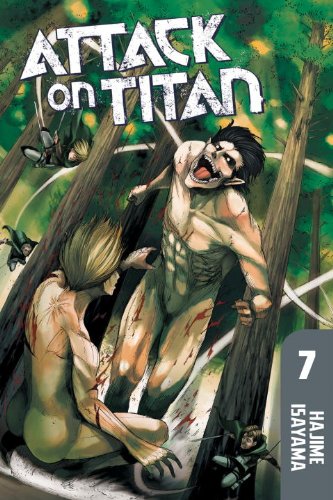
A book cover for Attack on Titan 7; Hajime Isayama; Comics & Graphic Novels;